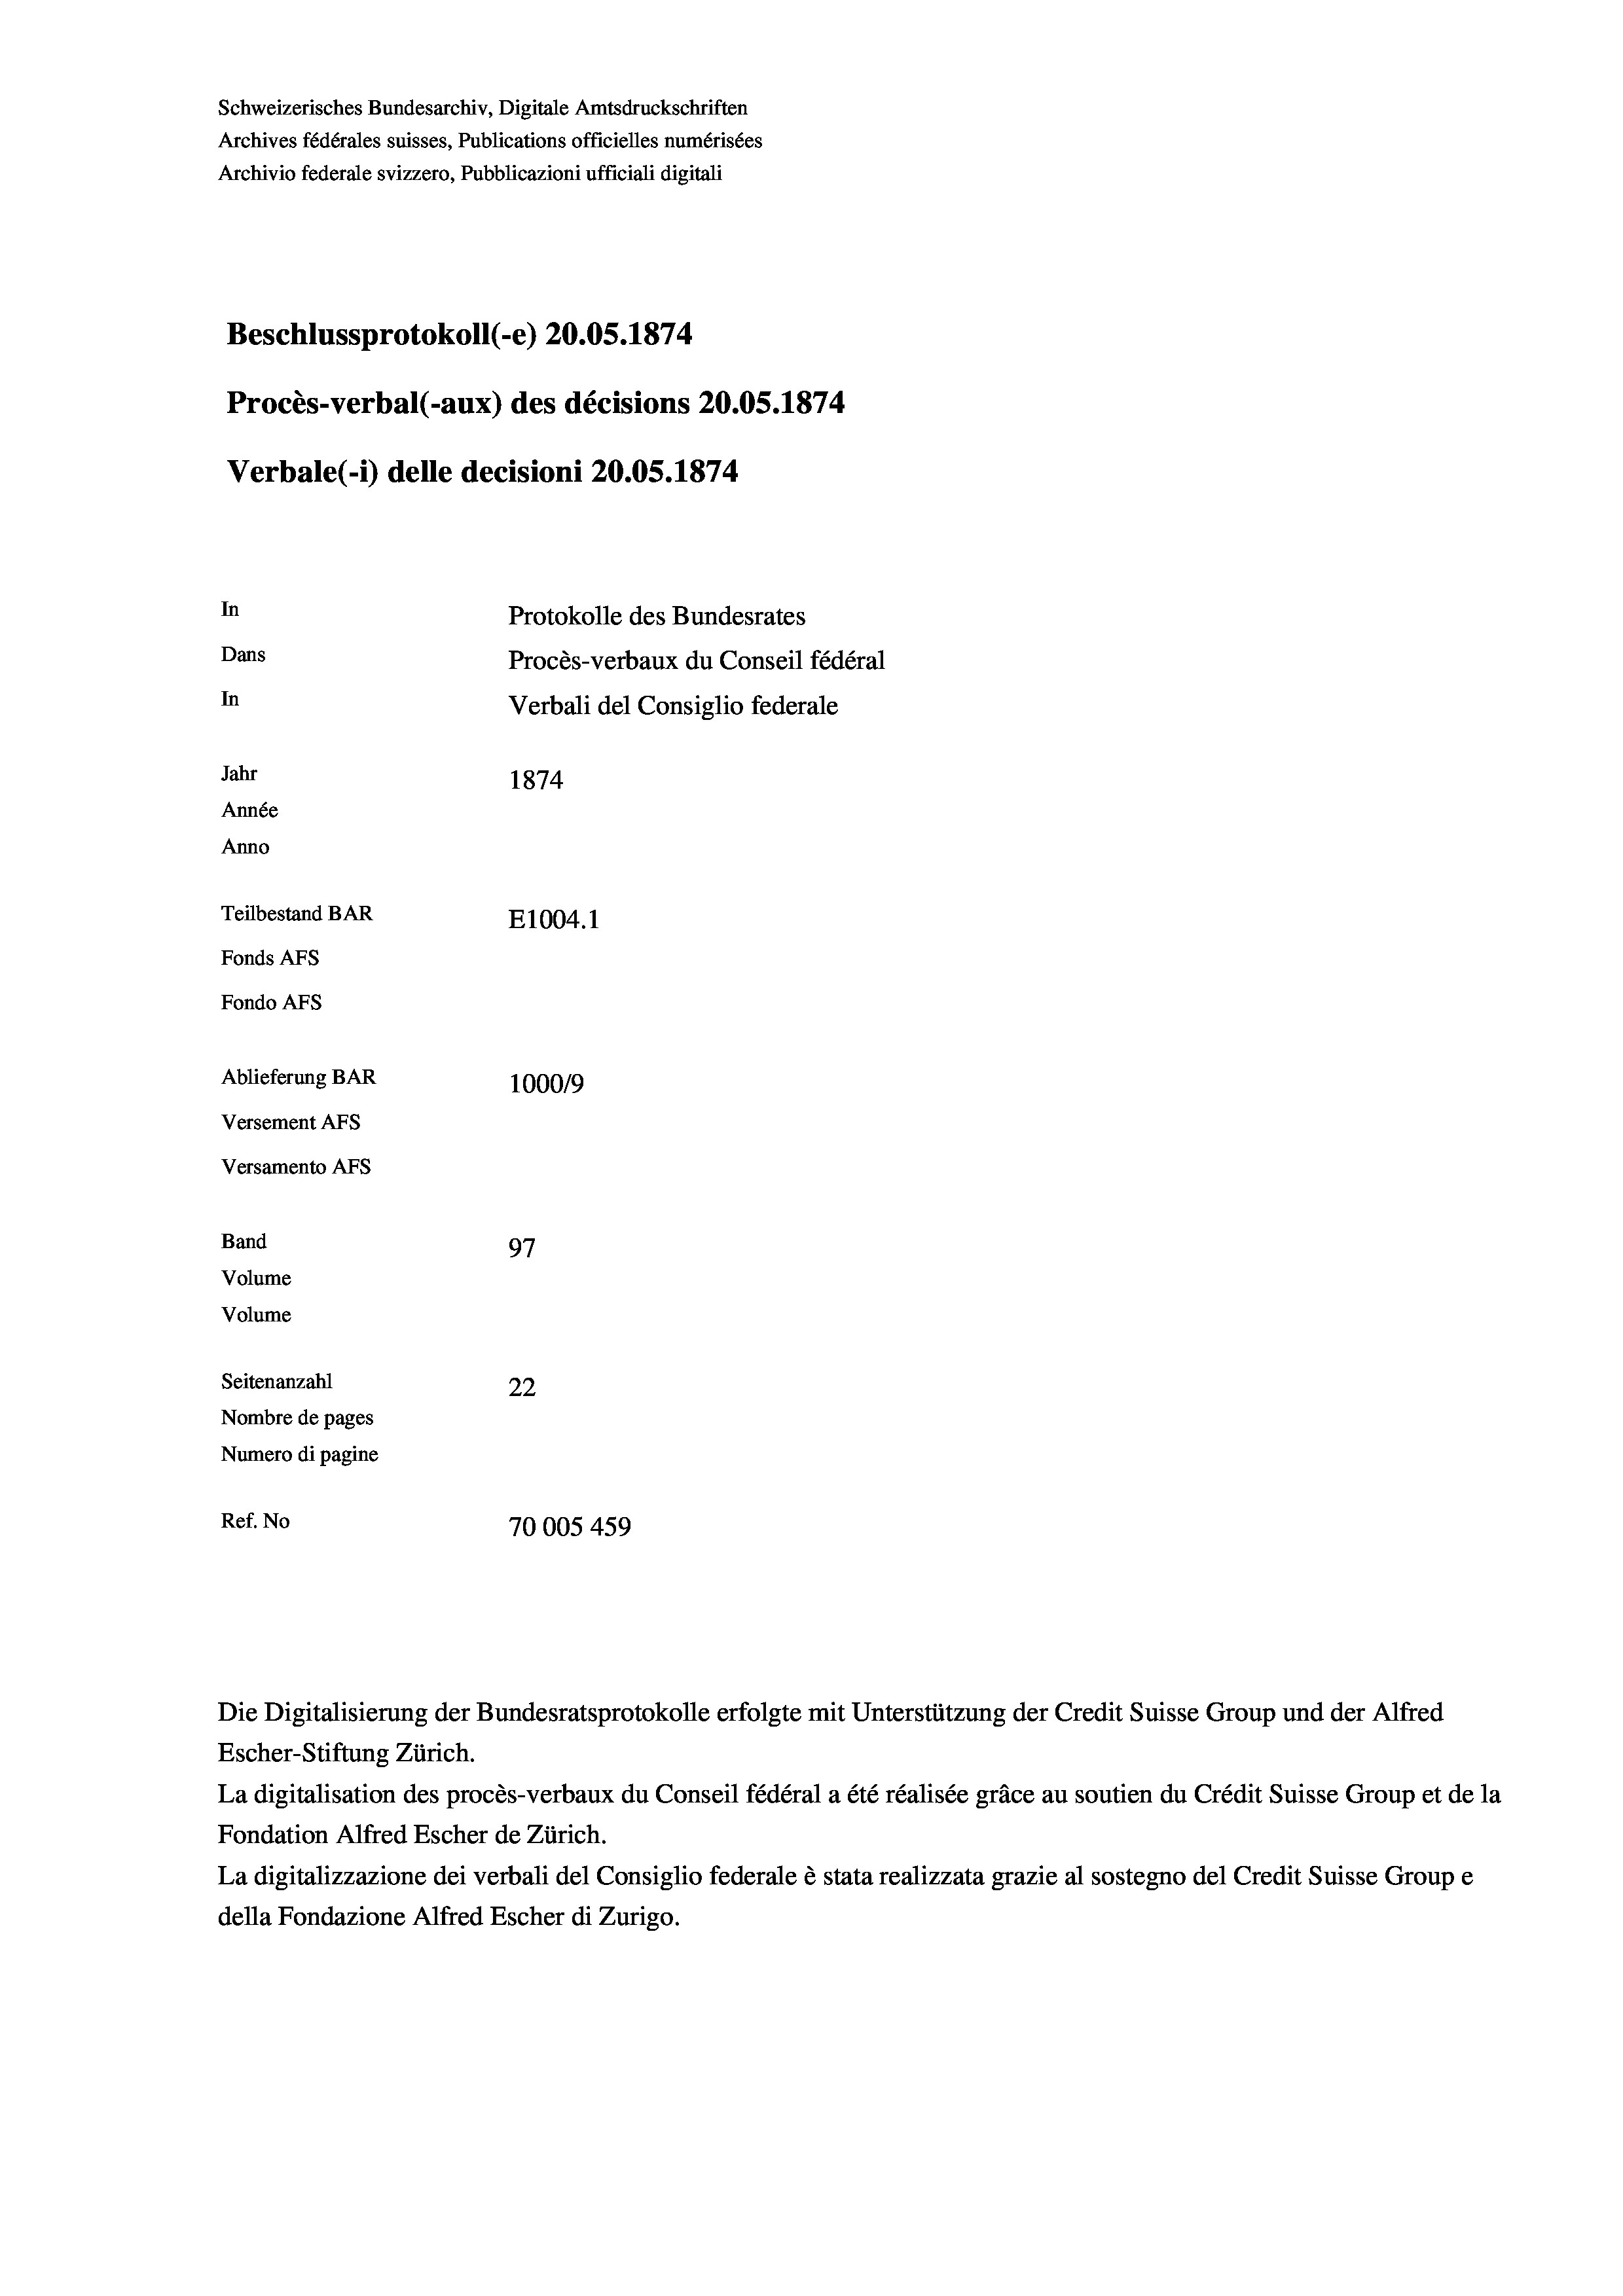
Schweizerisches Bundesarchiv, Digitale Amtsdruckschriften
Archives fédérales suisses, Publications officielles numérisées
Archivio federale svizzero, Pubblicazioni ufficiali digitali
Beschlussprotokoll (-e) 20.05. 1874
Procès-verbal (-aux) des décisions 20.05. 1874
Verbale(-*) delle decisioni 20.05. 1874
In
Protokolle des Bundesrates
Dans
Procès-verbaux du Conseil fédéral
In
Verbali del Consiglio federale
Jahr
1874
Année
Anno
Teilbestand BAR
E1004.1
Fonds AFs
Fondo AFs
Ablieferung BAR
100019
Versement Abs
Versamento AFs
Band
97
Volume
Volume
Seitenanzahl
22
Nombre de pages
Numero di pagine
Ref. No
70005 459

Die Digitalisierung der Bundesratsprotokolle erfolgte mit Unterstützung der Credit Suisse Group und der Alfred

Escher-Stiftung Zürich.
La digitalisation des procès-verbaux du Conseil fédéral a été réalisée gräce au soutien du Crédit Suisse Group et de la
Fondation Alfred Escher de Zürich.
La digitalizzazione dei verbali del Consiglio federale è stata realizzata grazie al sostegno del Credit Suisse Groupe
della Fondazione Alfred Escher di Zurigo.